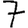
Digit: 7